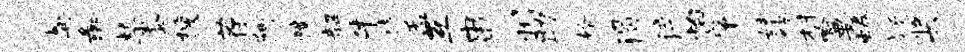
髯彘禁黍搜荐阿幢韶牛楮孟互串州助婿渴淬怡肇妹被村喻要蜷疑奖